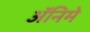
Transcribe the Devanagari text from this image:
ॲनिमे